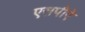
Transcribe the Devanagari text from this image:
एसपीऐ